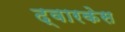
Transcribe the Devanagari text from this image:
द्वारकेस